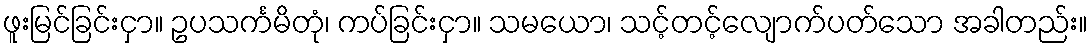
ဖူးမြင်ခြင်းငှာ။ ဥပသင်္ကမိတုံ၊ ကပ်ခြင်းငှာ။ သမယော၊ သင့်တင့်လျောက်ပတ်သော အခါတည်း။